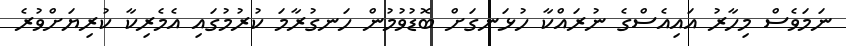
ނަމަވެސް މިހާރު އައިއެސްގެ ނުރައްކާ ހުޅަނގަށް ބޮޑުވުމުން ހަނގުރާމަ ކުރުމުގައި އެމެރިކާ ކުރިޔަށްވުރެ